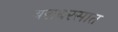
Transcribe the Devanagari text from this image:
बराबरसात